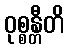
ဝုစ္စန္တီတိ